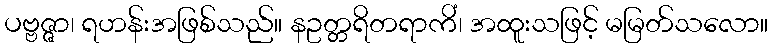
ပဗ္ဗဇ္ဇာ၊ ရဟန်းအဖြစ်သည်။ နဥတ္တရိတရာကိံ၊ အထူးသဖြင့် မမြတ်သလော။